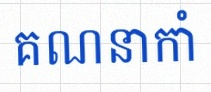
គណនាកាំ